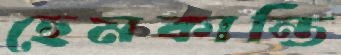
হেমকান্তি